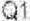
Q1